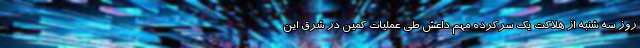
روز سه شنبه از هلاکت یک سرکرده مهم داعش طی عملیات کمین در شرق این